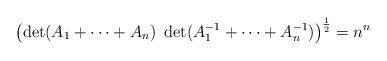
LaTeX: \begin{align*}\left( \det (A_1 + \cdots + A_n) \ \det (A_1^{-1} + \cdots + A_n^{-1} ) \right)^{\frac{1}{2}} = n^n\end{align*}